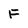
Character: F